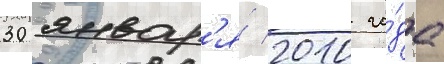
30 январ'я́ 2010 го́да